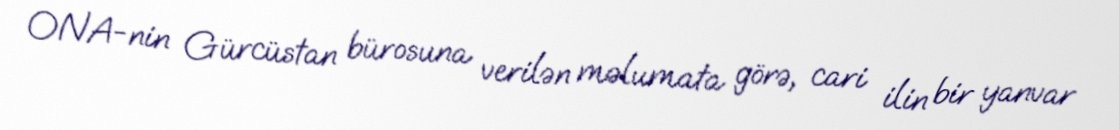
ONA-nin Gürcüstan bürosuna verilən məlumata görə, cari ilin bir yanvar